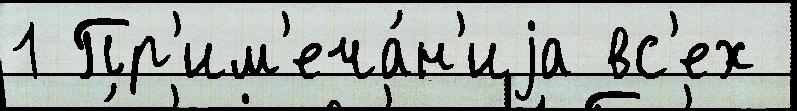
1 Пр'им'еча́н'иjа вс'ех